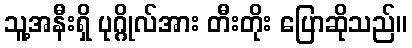
သူ့အနီးရှိ ပုဂ္ဂိုလ်အား တီးတိုး ပြောဆိုသည်။